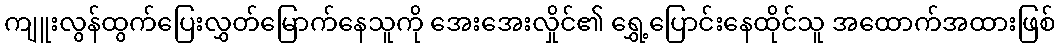
ကျူးလွန်ထွက်ပြေးလွှတ်မြောက်နေသူကို အေးအေးလှိုင်၏ ရွှေ့ပြောင်းနေထိုင်သူ အထောက်အထားဖြစ်